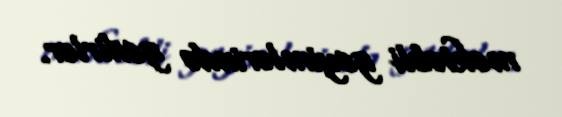
məktəbli geyimlərində gedirlər.